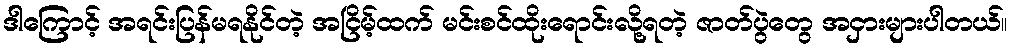
ဒါကြောင့် အရင်းပြန်မရနိုင်တဲ့ အငြိမ့်ထက် မင်းစင်ထိုးရောင်းလို့ရတဲ့ ဇာတ်ပွဲတွေ အငှားများပါတယ်။